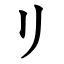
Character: リ